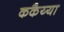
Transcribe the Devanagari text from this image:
ककैय्या